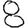
Digit: 8